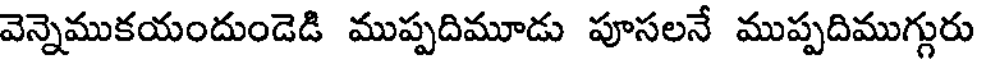
వెన్నెముకయందుండెడి ముప్పదిమూడు పూసలనే ముప్పదిముగ్గురు